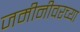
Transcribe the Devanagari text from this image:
जमीनीवरच्या